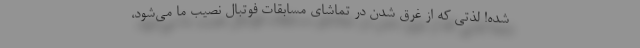
شده! لذتی که از غرق شدن در تماشای مسابقات فوتبال نصیب ما می‌شود،